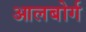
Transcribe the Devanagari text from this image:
आलबोर्ग